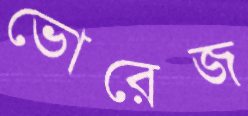
ভোরেজ